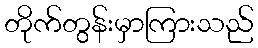
တိုက်တွန်းမှာကြားသည်